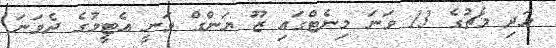
އަދި މެޗުގެ 13 ވަނަ މިނެޓްގައި ޒޫ ޔަންގް ވަނީ އެޓީމުގެ ދެވަނަ